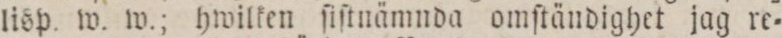
lisp. w. w.; hwilken ſiſtnämnda omſtändighet jag re=